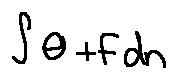
\int \theta + F d n